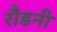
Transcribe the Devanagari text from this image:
रौडनी